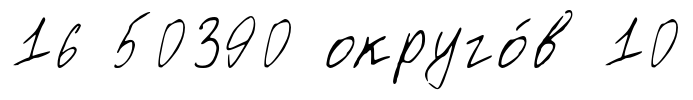
16 50390 округо́в 10